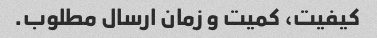
کیفیت، کمیت و زمان ارسال مطلوب.